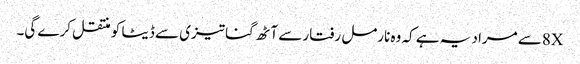
8Xسے مراد یہ ہے کہ وہ نارمل رفتار سے آٹھ گنا تیزی سے ڈیٹا کو منتقل کرے گی۔